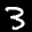
Digit: 3